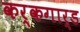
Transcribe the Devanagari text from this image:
कर्कगार्ड